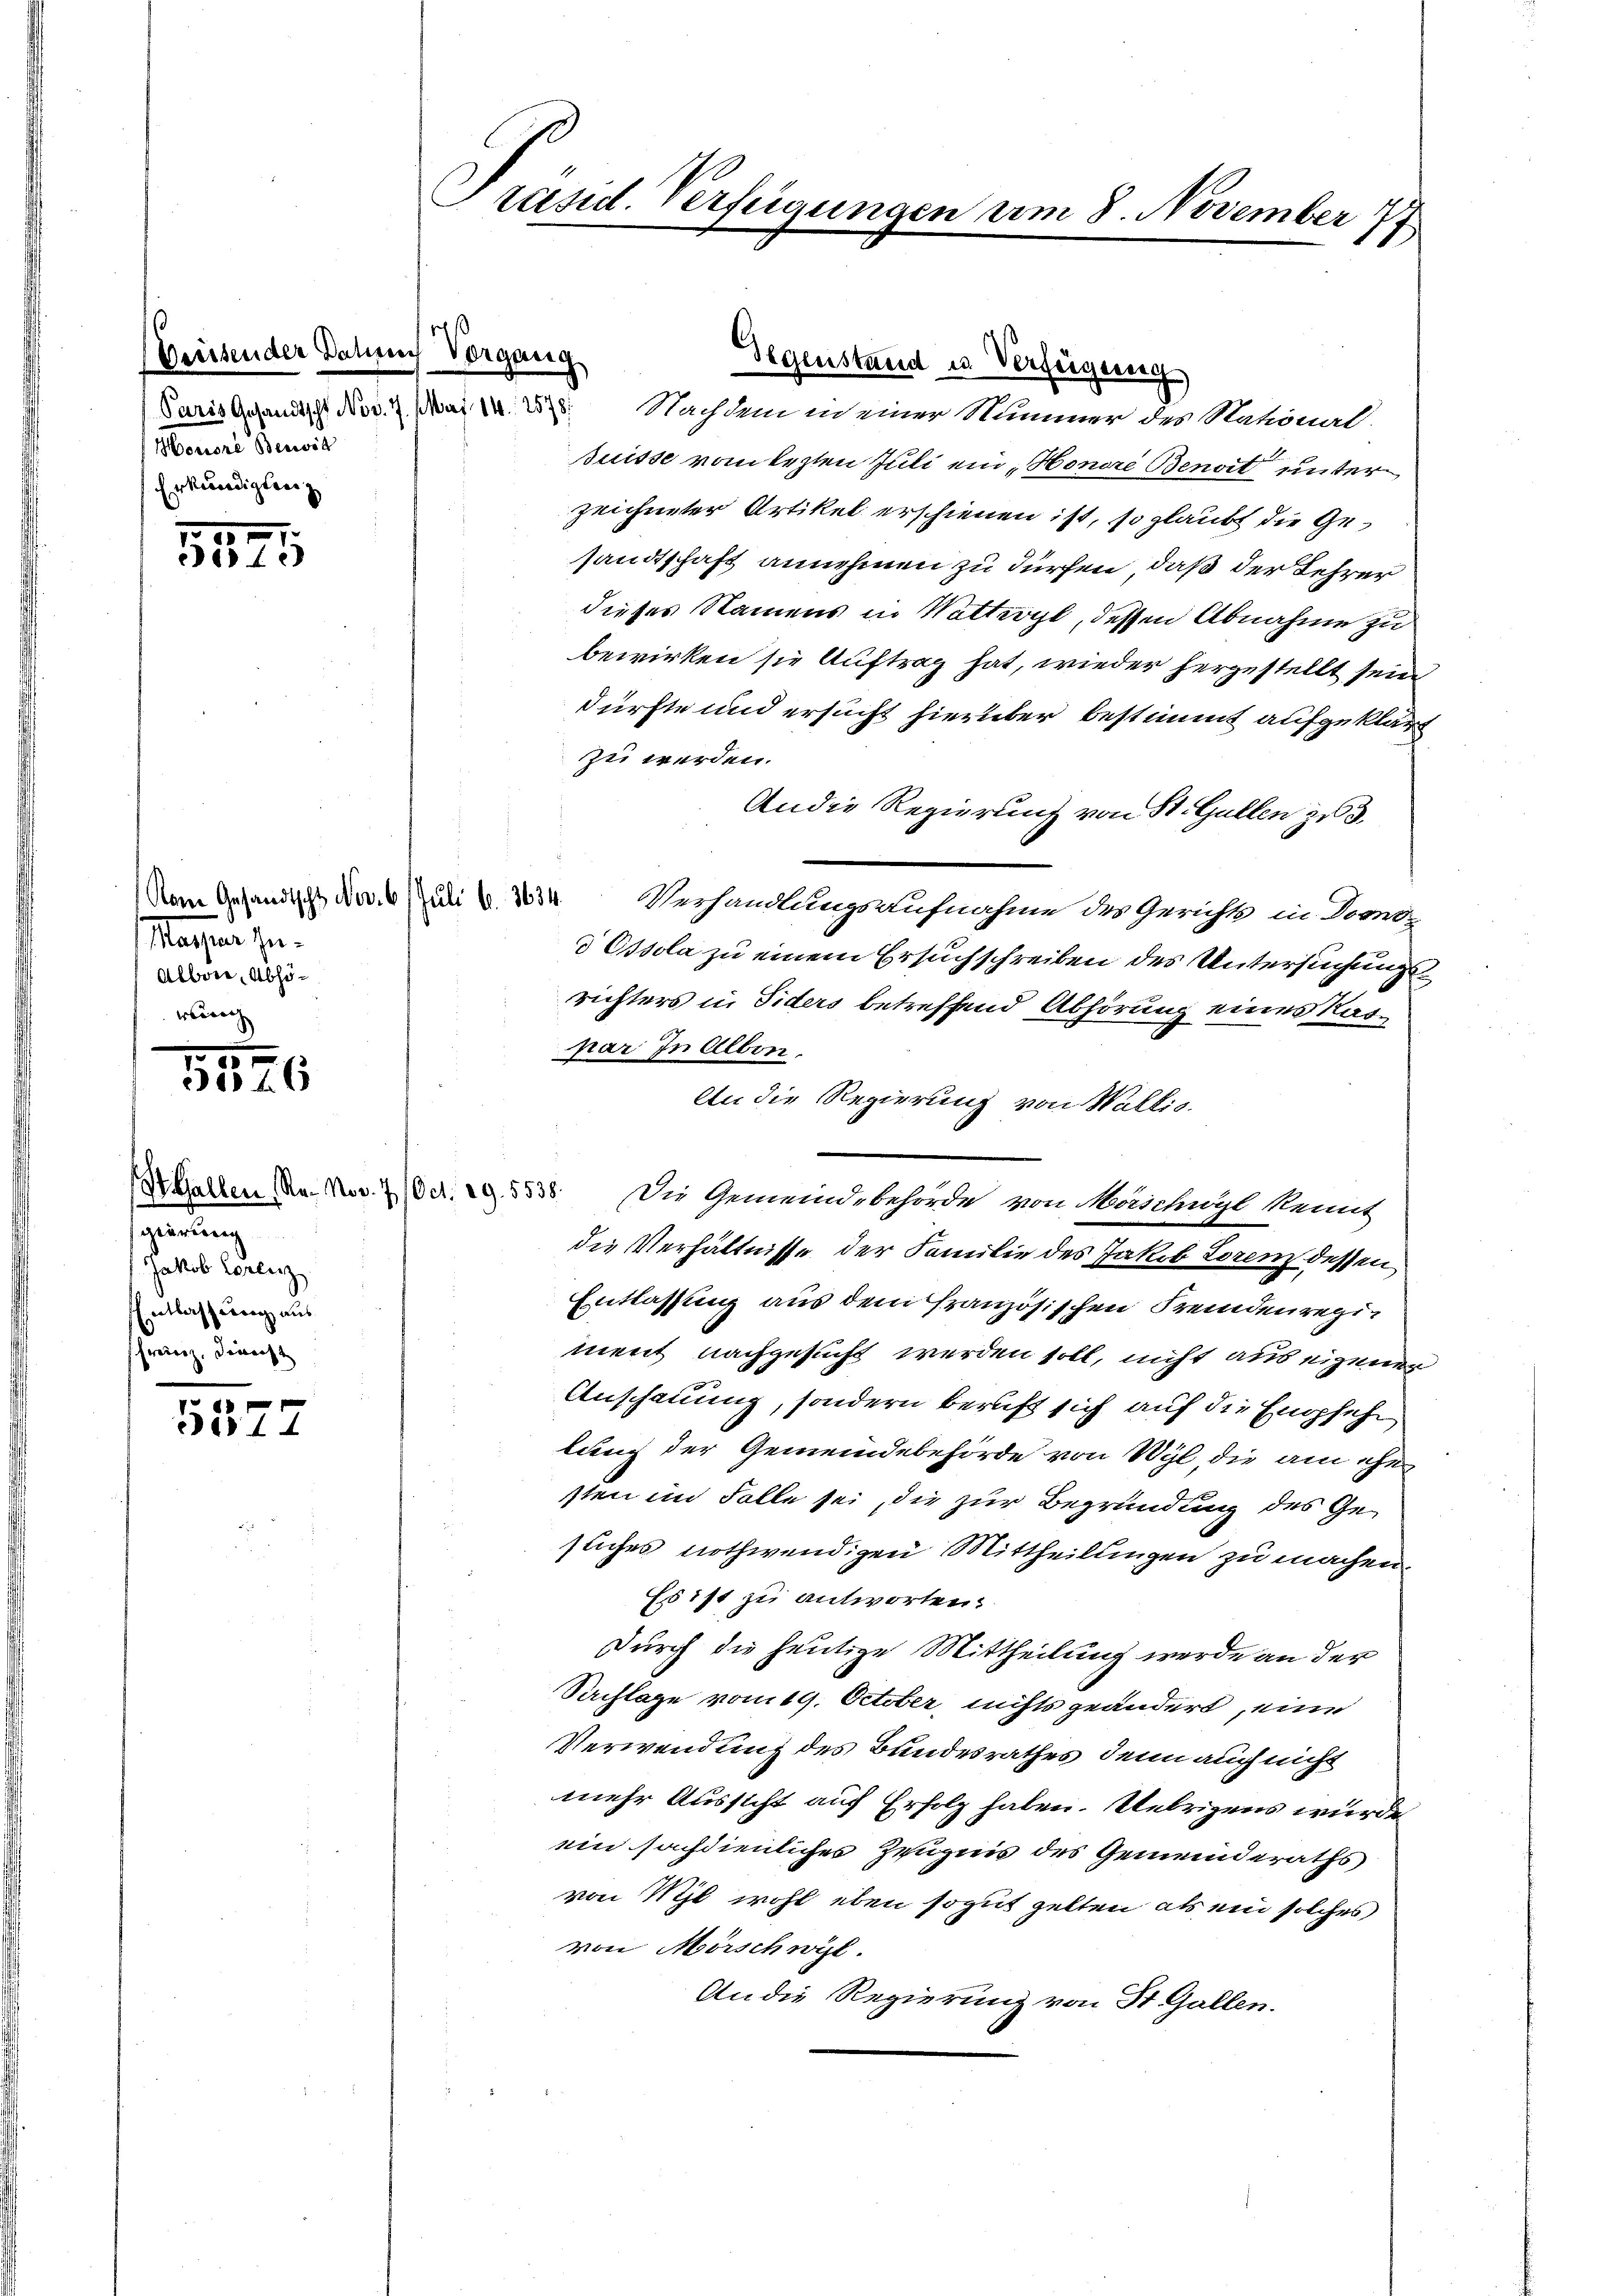
Beutender Dahmen
Paris Gesandtscht Nov. 7. Mai 14. 2578/
Mouiore Benwit
Erkundigten

317

)

Machen sei.
Albon, Abhöwenig

5876

gierung
Jakob Lorenz
Entlassung aus
Freien. Dienst

5577

Präsid. Verfügungen am 8. November
1

11
Vorgang

Gegenstand u. Verfügung
Nachdem in einer Nummer des National¬
Buisse vom Erzten Juli ein Honore Benat unter
zeichneter Artikel erschienen ist, so glaubt die Gesandtschaft annehmen zu dürfen, daß der Lehrer
dieses Namens in Wattwyl, dessen Abnahme zu
bewirken sie Auftrag hat, wieder hergestellt sein
dürfte und ersucht hierüber bestimmt aufgeklärt
zu werden.
An die Regierung von St. Gallen zu 3.
Nem Gesandtsch das Juli v. 234. Verhandlungsaufnahme des Gerichts in Domo-
d Essola zu einem Ersuchschreiben des Untersuchungsrichters in Siders betreffend Abhörung eines Kaspar in Alber.
An die Regierung von Wallis.
Behalten Mn. Nov. 7 (od. 29. 5538. Die Gemeindsbehörde von Manchegt kannt
die Verhältnisse der Familie des Jakob Loren dessen,
Entlassung aus dem französischen Fremdenregiment nachgesucht werden soll, nicht aus eigener
Anschauung, sondern beruft sich auf die Empfeh
lung der Gemeindebehörde von Wyl, die am ehe
sten im Falle sei, die zur Begründung des Gesliches nothwendigen Mittheilungen zu machen.
Es ist zu antworten.
Durch die heutige Mittheilung werde an der
Sachlage vom 19. October, nichts geändert, eine
Verwendung des Bundesrathes, denn auch nicht
mehr Aussicht auf Erfolg haben. Uebrigens wurde
ein sochdienliches Zeugnis des Gemeinderaths
von Wyl wohl eben sogut gelten als ein solches
von Mörschwyl.
An die Regierung von St. Gallen.